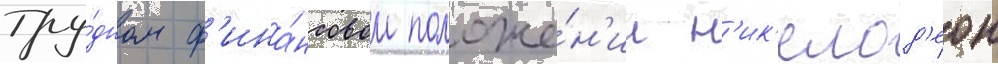
тру́дном ф'ина́нсовом положе́н'ии н'ик'елод'еон